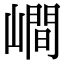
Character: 𡼏